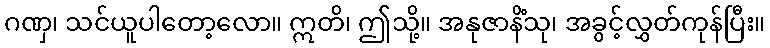
ဂဏှ၊ သင်ယူပါတော့လော။ ဣတိ၊ ဤသို့။ အနုဇာနိံသု၊ အခွင့်လွှတ်ကုန်ပြီး။